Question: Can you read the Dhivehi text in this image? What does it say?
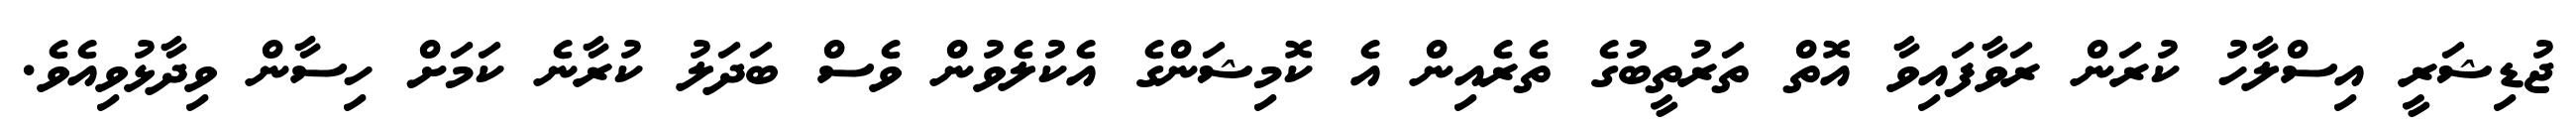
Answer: ޖުޑިޝަރީ އިސްލާހު ކުރަން ރަވާފައިވާ އޮތް ތަރުތީބުގެ ތެރެއިން އެ ކޮމިޝަންގެ އެކުލެވުން ވެސް ބަދަލު ކުރާނެ ކަމަށް ހިސާން ވިދާޅުވިއެވެ.